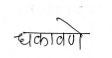
मजकूर: धकावणे